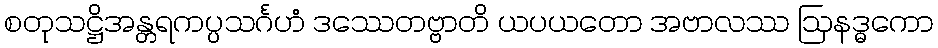
စတုသဋ္ဌိအန္တရကပ္ပသင်္ဂဟံ ဒဿေတဗ္ဗာတိ ယပယတော အဗာလဿ ဩနဒ္ဓကော